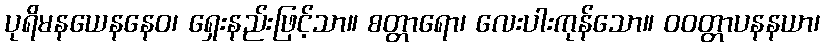
ပုရိမနယေနနေဝ၊ ရှေးနည်းဖြင့်သာ။ စတ္တာရော၊ လေးပါးကုန်သော။ ဝဝတ္တာပနနယာ၊